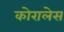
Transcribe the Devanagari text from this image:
कोरालेस